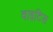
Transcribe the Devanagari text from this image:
वाइटिस